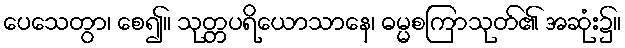
ပေသေတွာ၊ စေ၍။ သုတ္တပရိယောသာနေ၊ ဓမ္မစကြာသုတ်၏ အဆုံး၌။